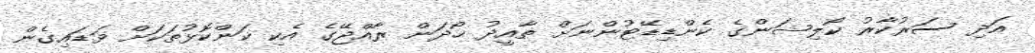
އަދި ސަރުކާރު ކޯލިޝަންގެ ކެންޑިޑޭޓުންނަށް ތާއީދު ހޯދަން ރާއްޖޭގެ އެކި ކަންކޮޅުތަކަށް ވަޑައިގެން